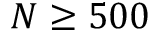
N \geq 5 0 0